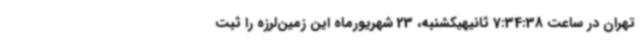
تهران در ساعت 7:34:38 ثانیهیکشنبه، 23 شهریورماه این زمین‌لرزه را ثبت